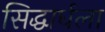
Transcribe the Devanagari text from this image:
सिद्धार्धला